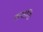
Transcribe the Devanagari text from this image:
सप्ततिः